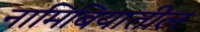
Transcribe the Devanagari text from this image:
नामिबियातील